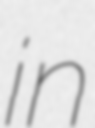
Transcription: in